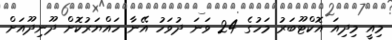
މިއީ މިދިއަ އޮކްޓޫބަރު މަހުގެ 24 ވަނަ ދުވަހު އޭނާ ހައްޔަރުކޮށް ދޫނިދޫއަށް